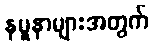
နမူနာများအတွက်